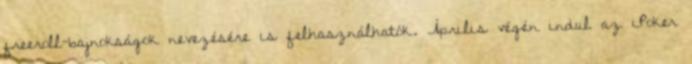
freeroll-bajnokságok nevezésére is felhasználhatók. Április végén indul az iPoker